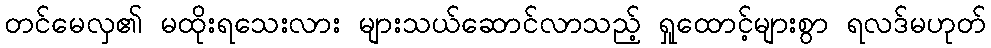
တင်မေလှ၏ မထိုးရသေးလား များသယ်ဆောင်လာသည့် ရှုထောင့်များစွာ ရလဒ်မဟုတ်